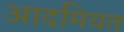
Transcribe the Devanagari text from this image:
आदमियत